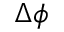
\Delta \phi